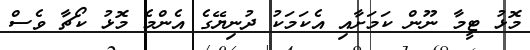
މޮޅު ޓީމާ ނޫން ކަމަށާއި އެކަމަކު ދުނިޔޭގެ އެންމެ މޮޅު ކޯޗާ ވެސް